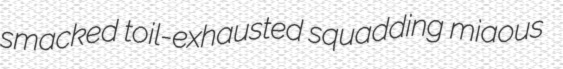
smacked toil-exhausted squadding miaous